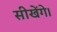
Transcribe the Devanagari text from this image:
सीखेंगे।